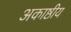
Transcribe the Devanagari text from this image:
अकाष्ठीय